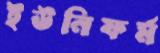
ইউনিফর্ম